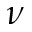
\nu